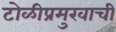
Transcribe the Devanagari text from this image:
टोळीप्रमुखाची